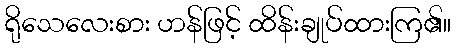
ရိုသေလေးစား ဟန်ဖြင့် ထိန်းချုပ်ထားကြ၏။